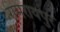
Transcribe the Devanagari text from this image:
रामरायपुर